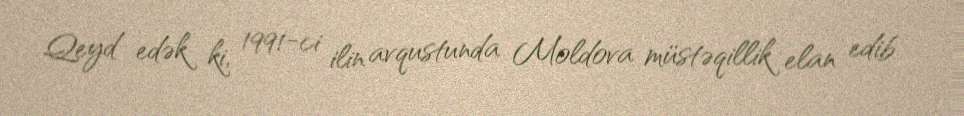
Qeyd edək ki, 1991-ci ilin avqustunda Moldova müstəqillik elan edib.